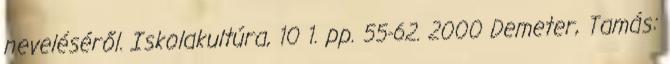
neveléséről. Iskolakultúra, 10 1. pp. 55-62. 2000 Demeter, Tamás: